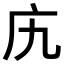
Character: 𫷥